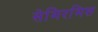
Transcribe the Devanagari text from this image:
सेमिरमिस